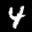
Label: 4